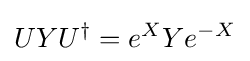
UYU^{\dagger }=e^{X}Ye^{-X}